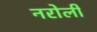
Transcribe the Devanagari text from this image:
नरोली